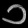
Digit: ၁